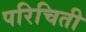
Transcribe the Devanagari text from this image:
परिचिती